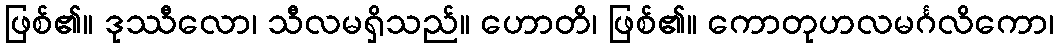
ဖြစ်၏။ ဒုဿီလော၊ သီလမရှိသည်။ ဟောတိ၊ ဖြစ်၏။ ကောတုဟလမင်္ဂလိကော၊